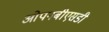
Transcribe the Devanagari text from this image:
ओपनबीएसडी